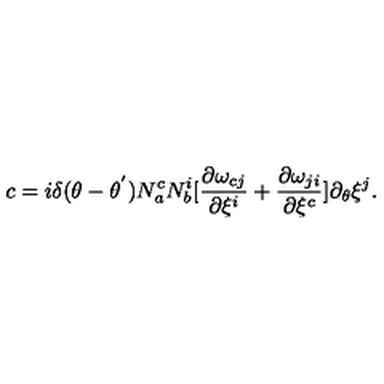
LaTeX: c = i { \delta } ( \theta - { \theta } ^ { ' } ) N _ { a } ^ { c } N _ { b } ^ { i } [ \frac { { \partial } { \omega } _ { c j } } { { \partial { \xi } ^ { i } } } + \frac { { \partial } { \omega } _ { j i } } { { \partial { \xi } ^ { c } } } ] \partial _ { \theta } { \xi } ^ { j } .